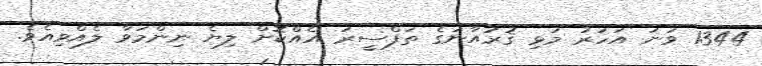
1344 ވަނަ އަހަރު މުޅި ޤުރުއާނުގެ ތަފްސީރު އެއްކޮށް ލިޔެ ނިންމަވާ ލެއްވިއެވެ.